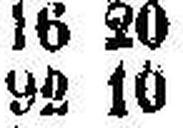
92 10